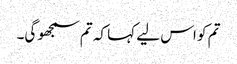
تم کو اس لیے کہا کہ تم سمجھو گی۔